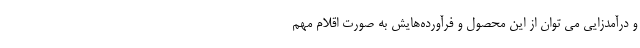
و درآمدزایی می توان از این محصول و فرآورده‌هایش به صورت اقلام مهم